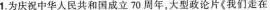
1.为庆祝中华人民共和国成立70周年，大型政论片《我们走在